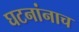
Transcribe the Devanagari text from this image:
घटनांनाच